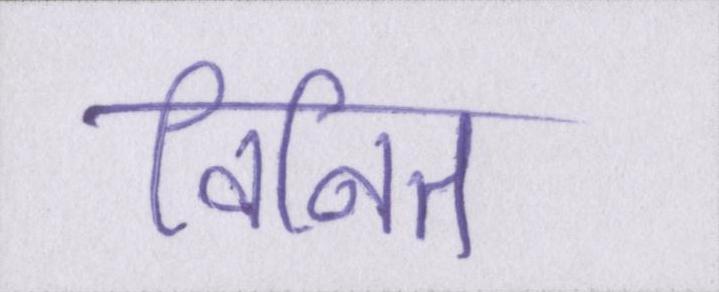
विनित